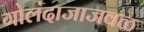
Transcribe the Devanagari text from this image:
गोलंदाजाजवळ